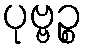
ပုဗ္ဗဉ္စ